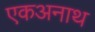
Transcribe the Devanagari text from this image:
एकअनाथ